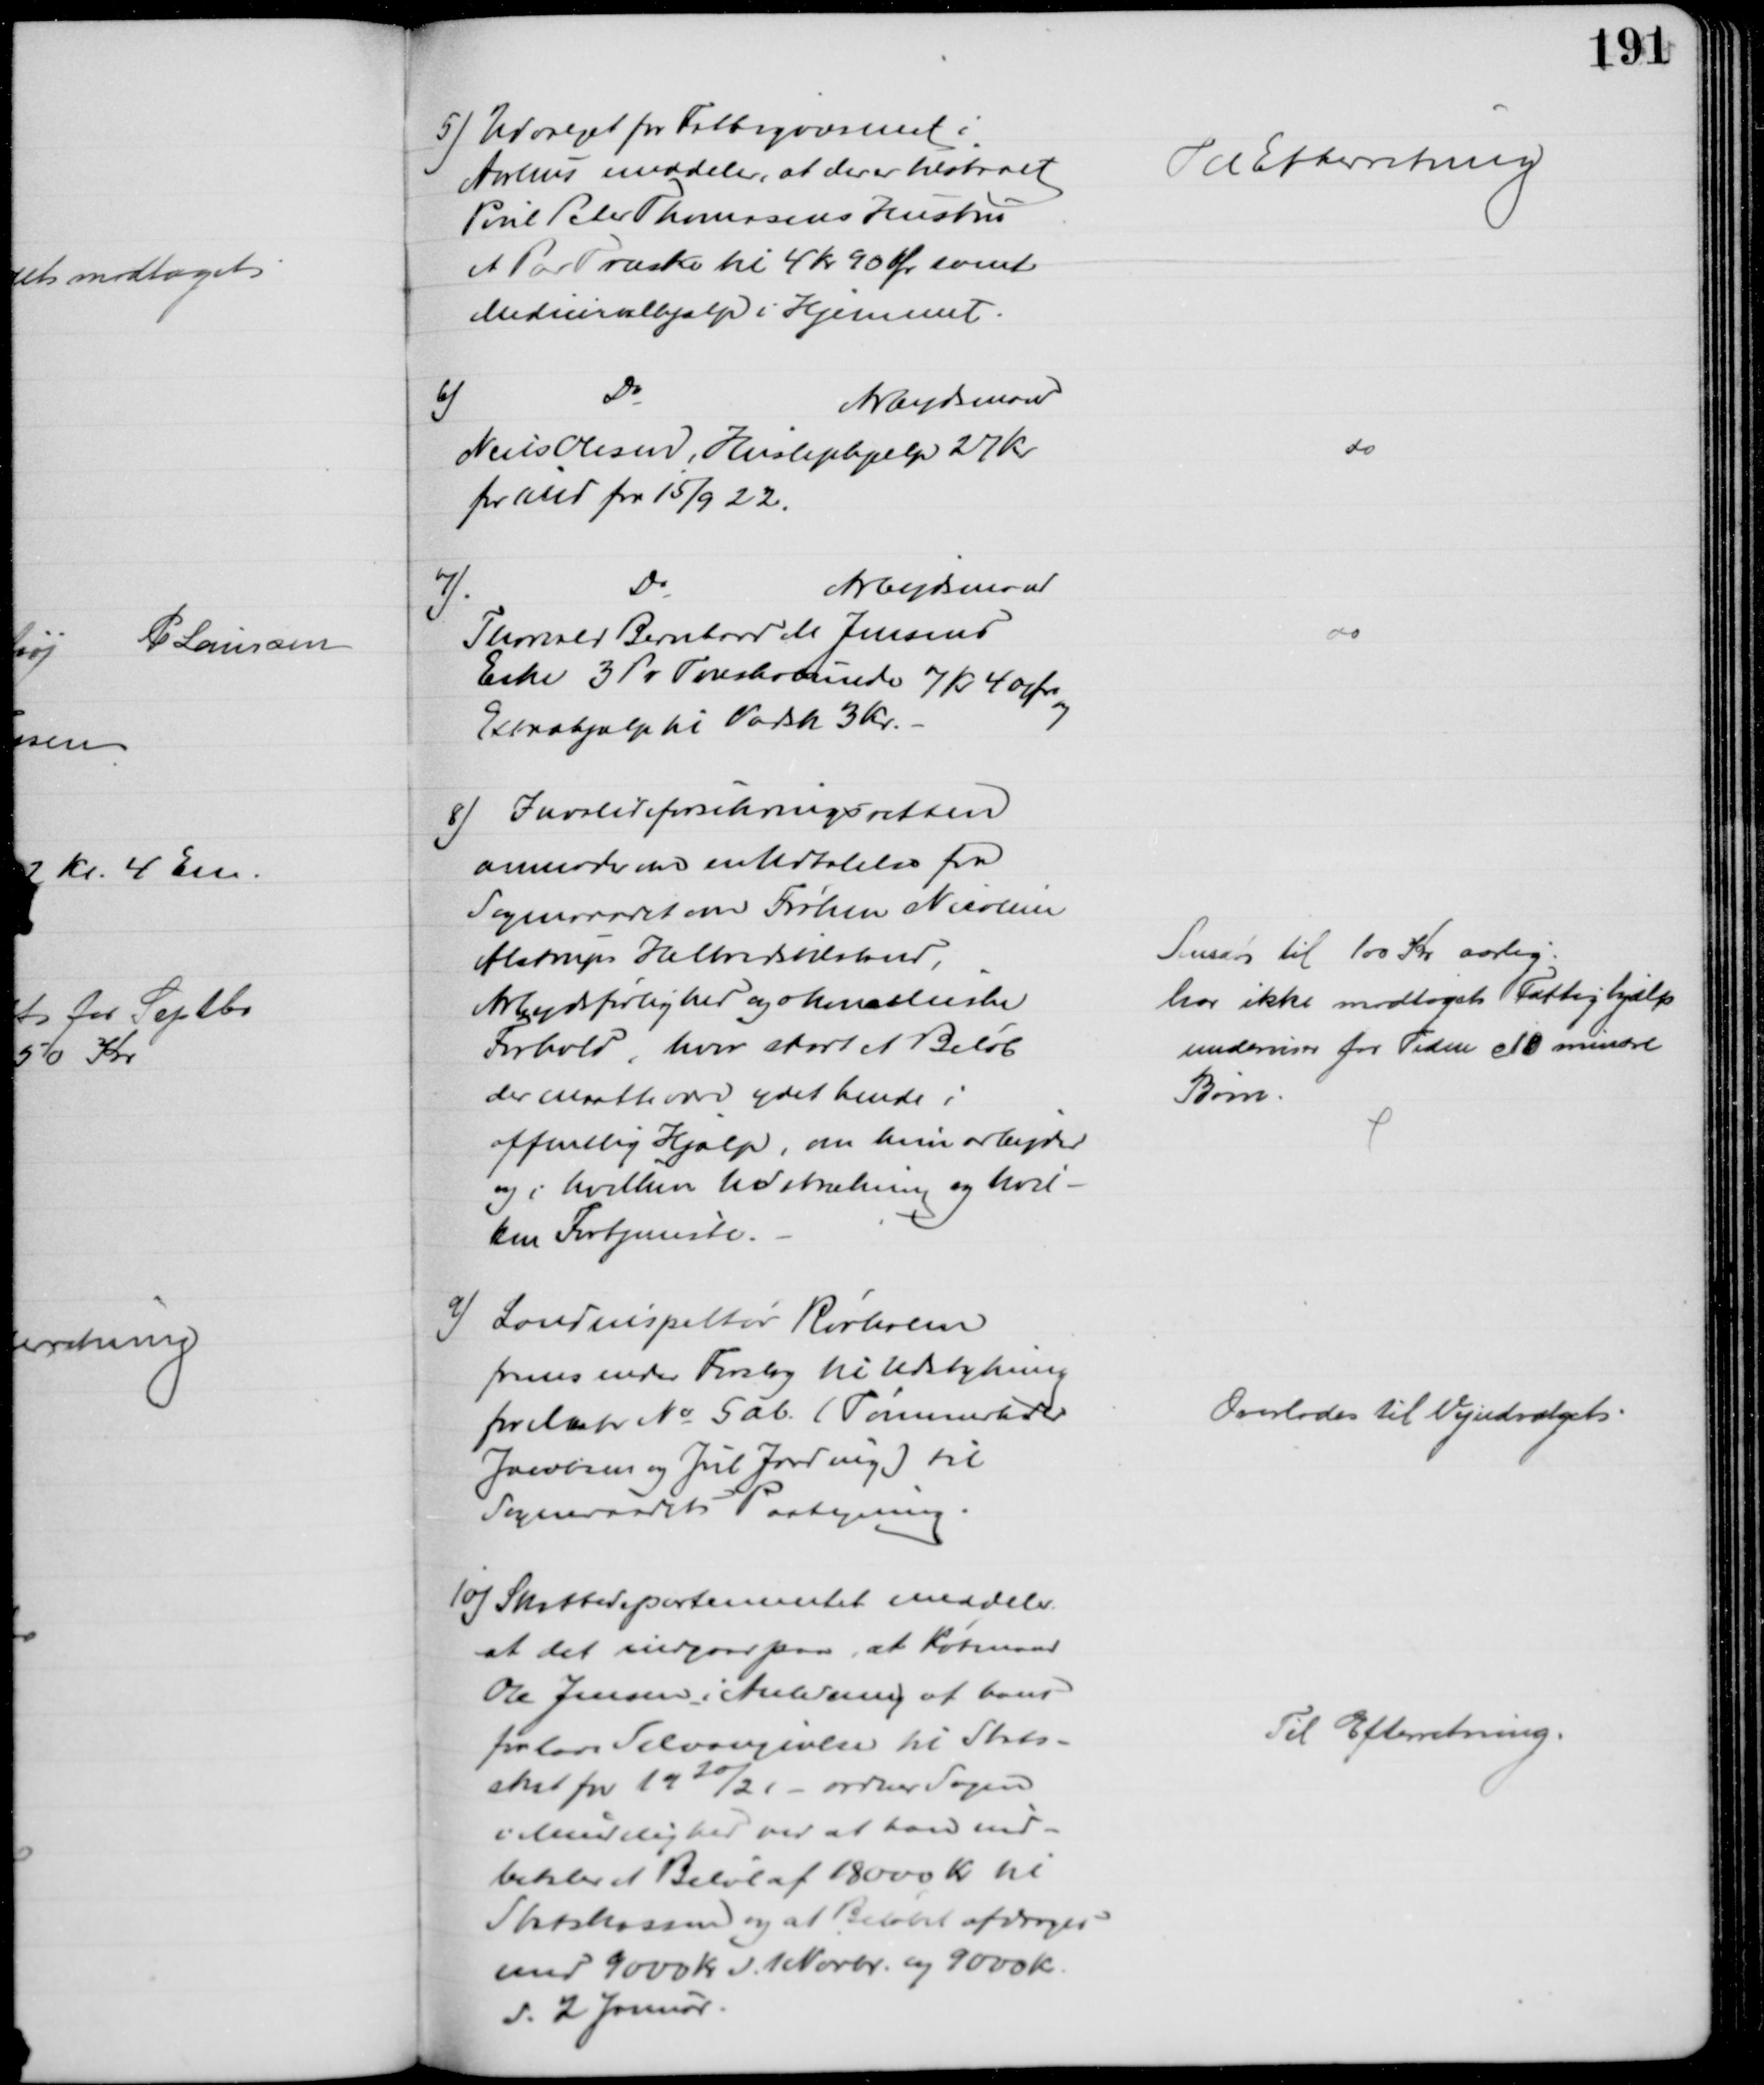
Transskription:
5) Udvalget for Fattigvæsenet i
Aarhus meddeler, at der er tilstaaet
Poul Peter Thomasens Hustru
et Par Træsko til 4 Kr 90 Ør samt
Medicinalhjælp i Hjemmet.
Til Efterretning
6)
Do
Arbejdsmand
Niels Olesen, Huslejehjælp 27 Kr
pr Md for 15/9 22.
do
7)
Do
Arbejdsmand
Thorvald Bernhard M Jensens
Enke 3 Pr Træskobunde 7 Kr 40 Øre
og
Extrahjælp til Vadsk 3 Kr.
do
8) Invalideforsikringsretten
anmoder om en Udtalelse fra
Sogneraadet om Frøken Nicoline
Alstrups Helbredstilstand,
Arbejdsførlighed og økonomiske
Forhold, hvor stort et Beløb
der maatte være ydet hende i
offentlig Hjælp, om hun arbejder
og i hvilken Udstrækning og hvil-
ken Fortjeneste.
Ansat til 100 Kr aarlig.
har ikke modtaget Fattighjælp
underviser for Tiden c 18 mindre
Børn.
9) Landinspektør Rørholm
fremsender Forslag til Udstykning
for Matr № 5ab. (Tømmerhdlr
Jacobsen og Jul Jarding) til
Sogneraadets Paategning.
Overlodes til Vejudvalget.
10) Skattedepartementet meddeler,
at det indgaar paa, at Købmand
Ole Jensen i Anledning af hans
for lave Selvangivelse til Stats-
skat for 1920/21 - ordner Sagen
i Mindelighed ved at han ind-
betaler et Beløb af 18000 Kr til
Statskassen og at Beløbet afdrages
med 9000 Kr d. 1 Novbr. og 9000 Kr.
d. 2 Januar.
Til Efterretning.